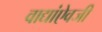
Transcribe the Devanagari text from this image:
वाद्यांऐवजी